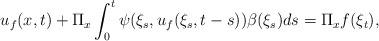
LaTeX: \begin{align*} u_f(x,t)+\Pi_x\int_0^t\psi(\xi_s, u_f(\xi_s,t-s))\beta(\xi_s)ds=\Pi_x f(\xi_t),\end{align*}